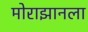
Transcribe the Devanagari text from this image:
मोराझानला